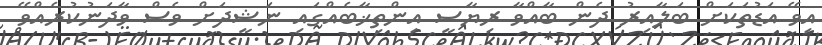
އިވޭ އަޑުތަކަށް ބަލާއިރު ދެން ބާއްވާ ރިޔާސީ އިންތިޚާބެއްގައި ނަޝީދަށް ވެސް ވާދަނުކުރެއްވޭ